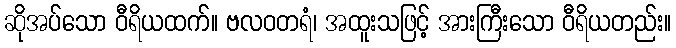
ဆိုအပ်သော ဝီရိယထက်။ ဗလဝတရံ၊ အထူးသဖြင့် အားကြီးသော ဝီရိယတည်း။